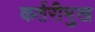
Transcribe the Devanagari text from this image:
कर्तरीमुख